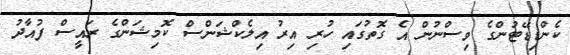
ކެންޑިޑޭޓުންގެ ވިސްނުން އެ ގޮތުގައި ހުރި އިރު އިލެކްޝަންސް ކޮމިޝަންގެ ރައީސް ފުއާދު